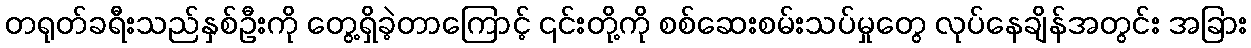
တရုတ်ခရီးသည်နှစ်ဦးကို တွေ့ရှိခဲ့တာကြောင့် ၎င်းတို့ကို စစ်ဆေးစမ်းသပ်မှုတွေ လုပ်နေချိန်အတွင်း အခြား